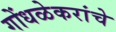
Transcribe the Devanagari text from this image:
गोंधळेकरांचे